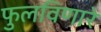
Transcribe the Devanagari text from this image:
फुलविणारे